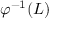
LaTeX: \varphi ^ { - 1 } ( L )